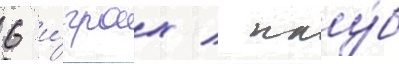
6 и́грах / клу́б